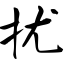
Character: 扰